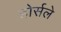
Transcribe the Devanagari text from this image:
होर्सले